Medical and sanitary report of the native army of Bengal for the year
Year: 1877
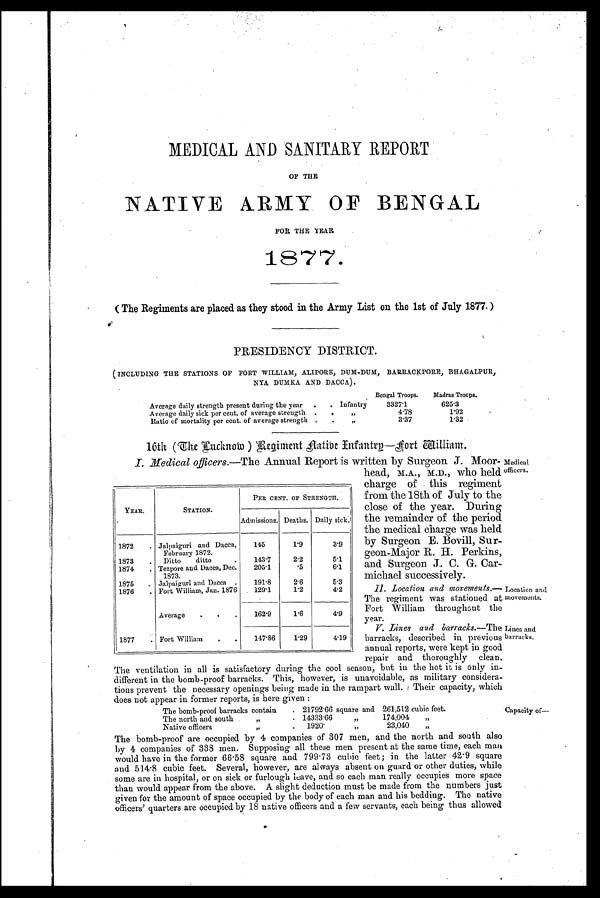
MEDICAL AND SANITARY REPORT
OF THE
NATIVE ARMY OF BENGAL
FOR THE YEAR
1877.
(The Regiments are placed as they stood in the Army List on the 1st of July 1877.)
PRESIDENCY DISTRICT.
INCLUDING THE STATIONS OF FORT WILLIAM, ALIPORE, DUM-DUM, BIRRACKPOILE, BHAGALPUR,
NYA DUMKA AND DACCA).
Bengal Troops.
Madras Troops.
Average daily strength present during the year
Infantry
3327.1
625.3
Average daily sick per cent. of average strength
,,
4.78
1.92
Ratio of mortality per cent. of average strength
,,
3.37
1.32
16th (The Lucknow) Regiment natibe Entantrp-Aort William.
I. Medical officers.—The Annual Report is written by Surgeon J. Moor
head, M.A., M.D., who held
charge of this regiment
from the 18th of July to the
close of the year. During
the remainder of the period
the medical charge was held.
by Surgeon E. Bovill, Sur-
- g e o n - M a j o r R . H . P e r k i n s ,
and Surgeon J. C. G. Car-
michael successively.
II . Location and movements.—
The regiment was stationed at
Fort William throughout the
year.
V. Lines and barracks.—The
barracks, described in previous
annual reports, were kept in good
repair and thoroughly clean.
The ventilation in all is satisfactory during the cool season, but in the hot it is only in-
different in the bomb-proof barracks. This, however, is unavoidable, as military considera-
tions prevent the necessary openings being made in the rampart wall. Their capacity, which
does not appear in former reports, is here given :
The bomb-proof barracks contain. 21792.66 square and 261.512 cubic feet.
The north and south ,,
14333.66 ,,
174,004
,,
Native officers
,,
1920.
23,040,,
The bomb-proof are occupied by 4 companies of 307 men, and the north and south also
by companies of 338 men. Supposing all these men present at the same time, each man
would have in the former 66.58 square and 799.73 cubic feet; in the latter 42.9 square
and 514.8 cubic feet. Several, however, are always absent on guard or other duties, while
some are in hospital, or on sick or furlough leave, and so each man really occupies more space
than would appear from the above. A slight deduction must be made from the numbers just
given for the amount of space occupied by the body of each man and his bedding. The native
officers' quarters are occupied by 18 native officers and a few servants, each being thus allowed
YEAR.
STATION.
PER CENT. OF STRENGTH.
Admissions. Deaths. Daily sick.
1872
Jalpaiguri and Dacca,
February 1872.
145
1.9
3.9
1873
Ditto ditto.
143.7
2.2
5.1
1874
Tezpore and Dacca, Dec.
1873.
205.1
. 5
6.1
1875
Jalpaiguri and Dacca
191.8
2.6
5.3
1876
Fort William, Jan. 1876
129.1
1.2
4.2
Average
162.9
1.6
4.9
1877
Fort William
147.86
1.29
4.19
Medical
officers.
Location and
movements.
Lines and
barracks.
Capacity of-